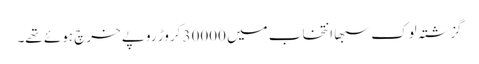
گزشتہ لوک سبھا انتخاب میں 30000 کروڑ روپے خرچ ہوئے تھے۔